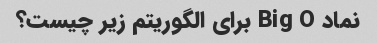
نماد Big O برای الگوریتم زیر چیست؟